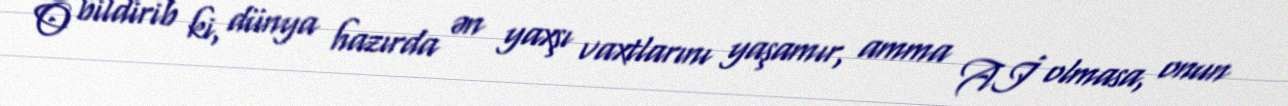
O bildirib ki, dünya hazırda ən yaxşı vaxtlarını yaşamır, amma Aİ olmasa, onun